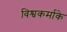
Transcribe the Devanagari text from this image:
विश्वकर्माके